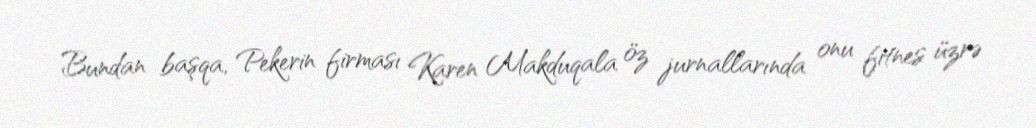
Bundan başqa, Pekerin firması Karen Makduqala öz jurnallarında onu fitnes üzrə